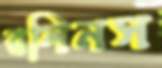
রলিনস